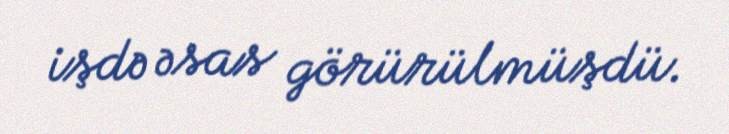
işdə əsas görürülmüşdü.